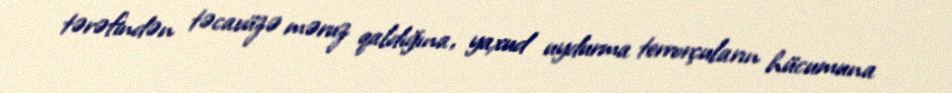
tərəfindən təcavüzə məruz qaldığına, yaxud uydurma terrorçuların hücumuna